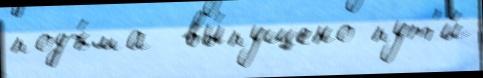
подъ́ма  вы́пущено пут'и́